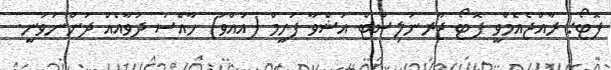
ފޮޓޯ: ރާއްޖެއެމްވީ ފޮޓޯ ޖާރނަލިސްޓް އަޝްވާ ފަހީމް (އައްވަ) ހާއްސަ ދުވާއެއް ދަންނަވަނީ.